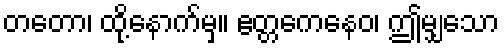
တတော၊ ထို့နောက်မှ။ ဧတ္တကေနေဝ၊ ဤမျှသော